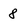
Character: 8